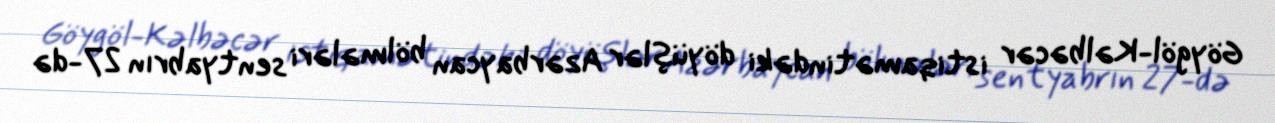
Göygöl-Kəlbəcər istiqamətindəki döyüşlər Azərbaycan bölmələri sentyabrın 27-də